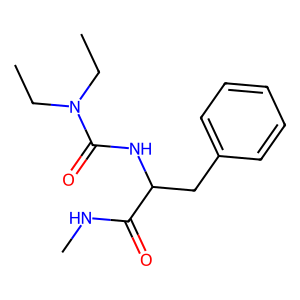
SMILES: CCN(CC)C(=O)NC(Cc1ccccc1)C(=O)NC
Inhibits HIV replication: No